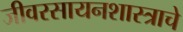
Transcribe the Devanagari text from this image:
जीवरसायनशास्त्राचे